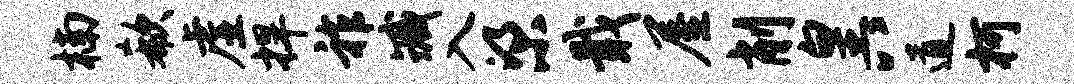
楠欷虚捍祚臧入梁戢屋削皇八道柯